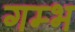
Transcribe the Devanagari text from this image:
गम्भ